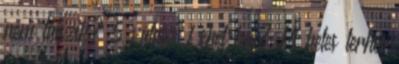
nem látszik? 5 válasz Lehet baj? 14 hetes terhes